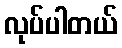
လုပ်ပါတယ်